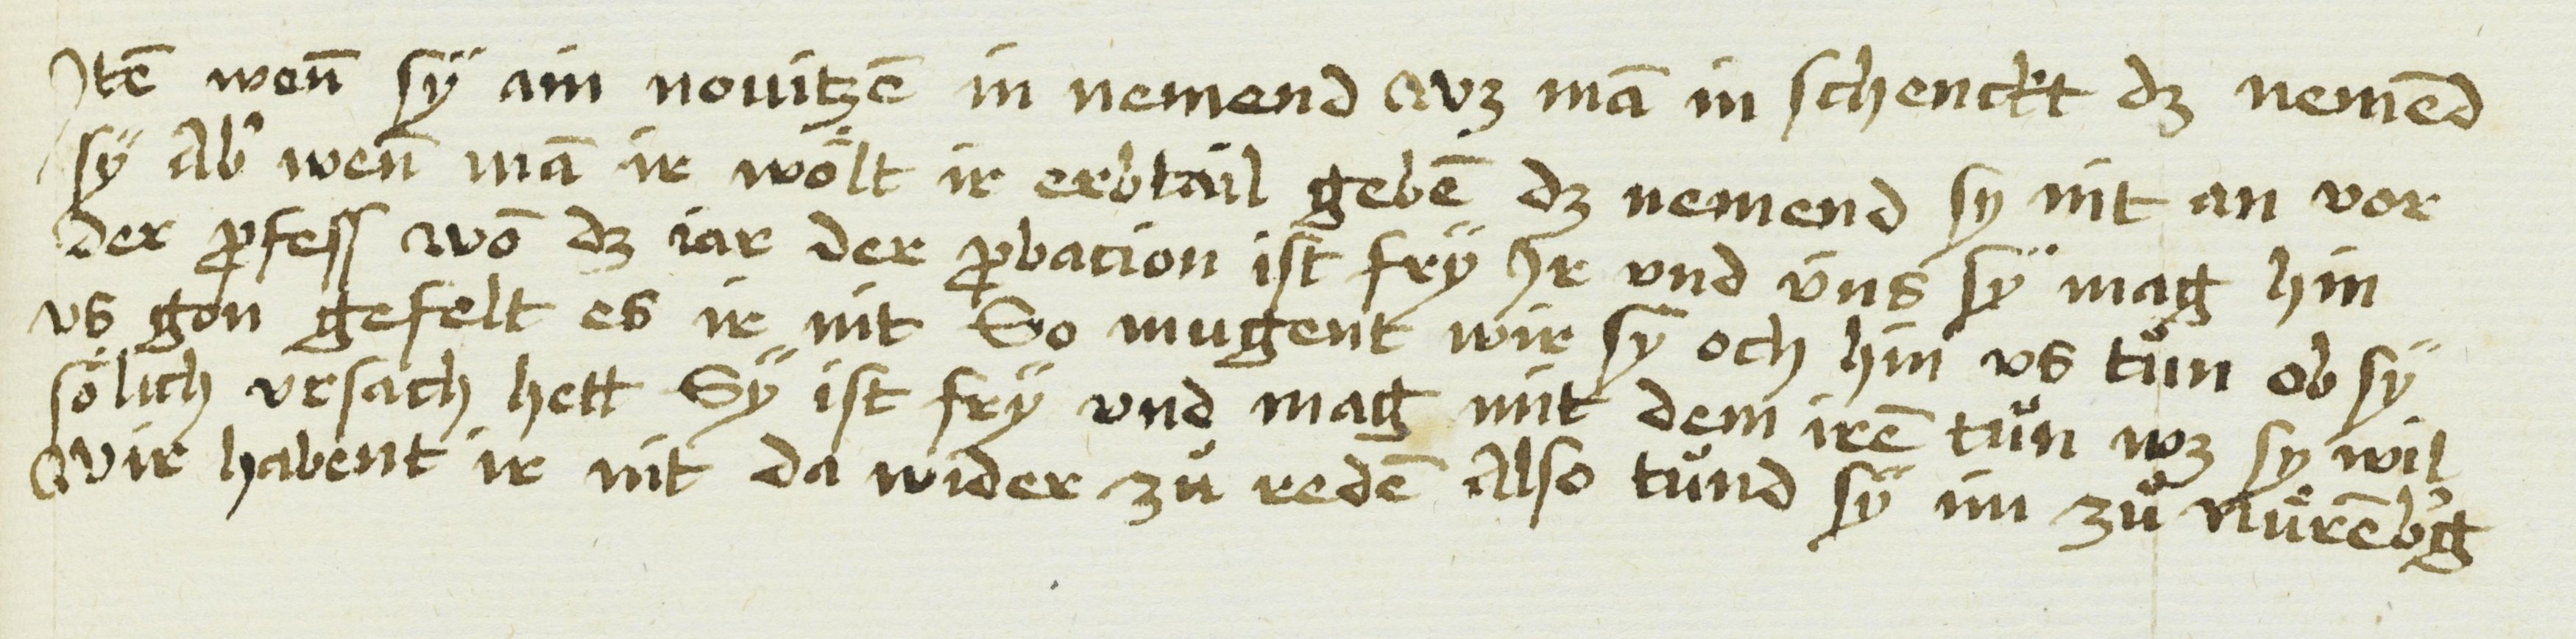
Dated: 1475–1485